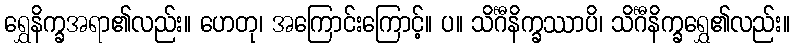
ရွှေနိက္ခအရာ၏လည်း။ ဟေတု၊ အကြောင်းကြောင့်။ ပ။ သိင်္ဂီနိက္ခဿာပိ၊ သိင်္ဂီနိက္ခရွှေ၏လည်း။